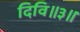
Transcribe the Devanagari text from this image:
दिवि॥३॥